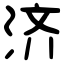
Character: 济